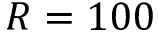
R = 1 0 0